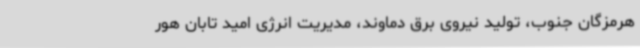
هرمزگان جنوب، تولید نیروی برق دماوند، مدیریت انرژی امید تابان هور